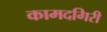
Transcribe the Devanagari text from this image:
कामदगिरी